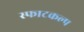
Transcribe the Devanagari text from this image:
स्फाटकल्प